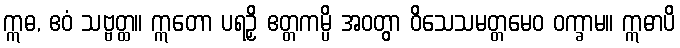
ဣဓ, ဧဝံ သဗ္ဗတ္ထ။ ဣတော ပရဉှိ ဧတ္တကမ္ပိ အဝတွာ ဝိသေသမတ္တမေဝ ဝက္ခာမ။ ဣဓာပိ